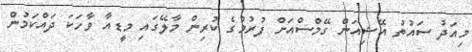
މިއަދު ސައުތު އޭޝިއަން ގޭމްސްއަށް ފުރުމުގެ ކުރިން މާލޭގައި މީޑއާ ވާހަކަ ދައްކަމުން